Investigations into the jail dietaries of the United Provinces with some observations on the influence of dietary on the physical development and well-being of the people of the United Provinces - Number 48
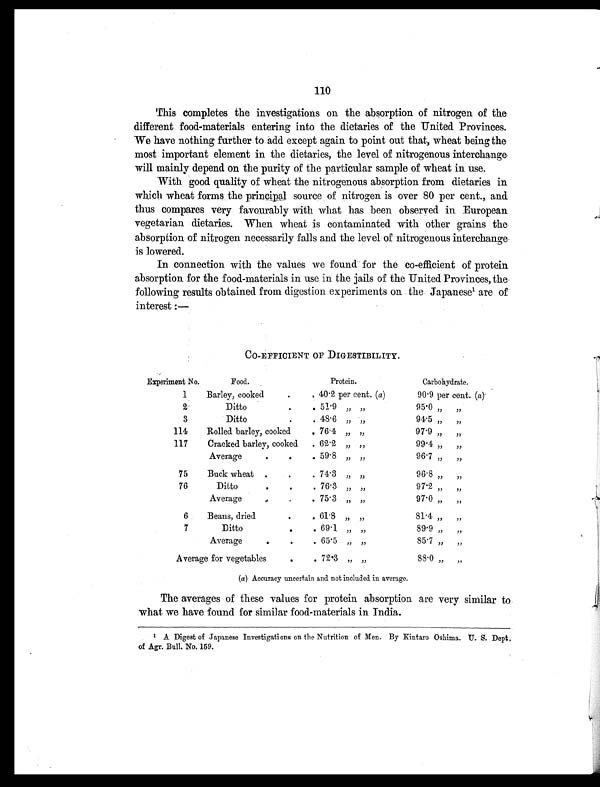
110
This completes the investigations on the absorption of nitrogen of the
different food-materials entering into the dietaries of the United Provinces.
We have nothing further to add except again to point out that, wheat being the
most important element in the dietaries, the level of nitrogenous interchange
will mainly depend on the purity of the particular sample of wheat in use.
With good quality of wheat the nitrogenous absorption from dietaries in
which wheat forms the principal source of nitrogen is over 80 per cent., and
thus compares very favourably with what has been observed in European
vegetarian dietaries. When wheat is contaminated with other grains the
absorption of nitrogen necessarily falls and the level of nitrogenous interchange
is lowered.
In connection with the values we found for the co-efficient of protein
absorption for the food-materials in use in the jails of the United Provinces, the
following results obtained from digestion experiments on the Japanese 1 a r e o f
interest :—
CO-EFFICIENT OF DIGESTIBILITY.
Experiment No.
Food.
Protein.
Carbohydrate.
1
Barley, cooked
.
. 40.2 per cent. ( a)
90.9 per cent. (a)
2
Ditto
.
. 51.9
„
„
95.0 „
„
3
Ditto
.
. 48.6 „ „
94.5 „
„
114
Rolled barley, cooked
. 76.4 „ „
97.9 „
„
117
Cracked barley, cooked
. 62.2 „ „
99.4 „
„
Average
.
.
. 59.8 „ „
96.7 „
„
75
Buck wheat .
.
. 74.3 „ „
96.8 „
„
76
Ditto
.
.
. 76.3 „ „
97.2 „
„
Average
.
.
. 75.3 „ „
97.0 „
„
6
Beans, dried
.
. 61.8 „ „
81.4 „
„
7
Ditto
.
. 69.1. „ „
89.9
„
„
Average
. .
. 65.5 „ „
85.7 „
„
Average for vegetables
.
. 72.3 „ „
88.0 „
„
(a) Accuracy uncertain and not included in average.
The averages of these values for protein absorption are very similar to
what we have found for similar food-materials in India.
1 A Digest of Japanese Investigations on the Nutrition of Men. By Kintaro Oshima. U. S. Dept.
of Agr. Bull. No. 159.